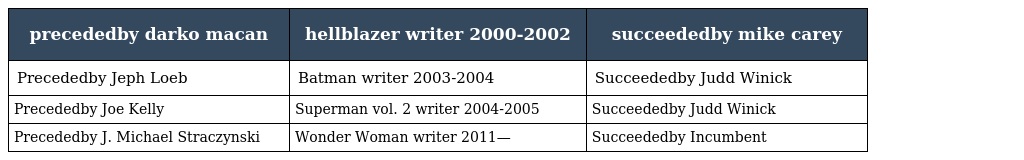
| precededby darko macan | hellblazer writer 2000-2002 | succeededby mike carey |
 | --- | --- | --- |
 | Precededby Jeph Loeb | Batman writer 2003-2004 | Succeededby Judd Winick |
 | Precededby Joe Kelly | Superman vol. 2 writer 2004-2005 | Succeededby Judd Winick |
 | Precededby J. Michael Straczynski | Wonder Woman writer 2011— | Succeededby Incumbent |